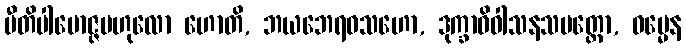
ပီတိပါမောဇ္ဇဗဟုလော ဟောတိ, ဘယဘေရဝသဟော, ဒုက္ခာဓိဝါသနသမတ္ထော, ဓမ္မေန